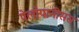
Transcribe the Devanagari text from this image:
पेलोपानीसस